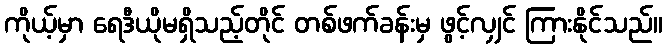
ကိုယ့်မှာ ရေဒီယိုမရှိသည့်တိုင် တစ်ဖက်ခန်းမှ ဖွင့်လျှင် ကြားနိုင်သည်။